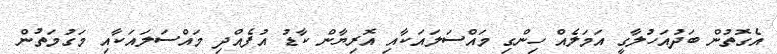
އެގޮތުން ބަދުއަހުލާގީ އަމަލެއް ހިންގި މައްސަލައަކާއި އޮރިޔާން ކާޑު އުފެއްދި މައްސަލައަކާއި މަގުމަތުން